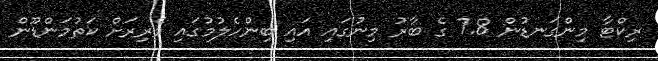
ރިކްޓާ މިންގަނޑުން 7.8 ގެ ބާރު މިނުގައި އައި ބިންހެލުމުގައި ވެރިރަށް ކަތުމަންޑޫން